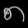
Digit: ၈